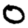
Digit: 0